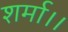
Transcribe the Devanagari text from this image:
शर्मा।।